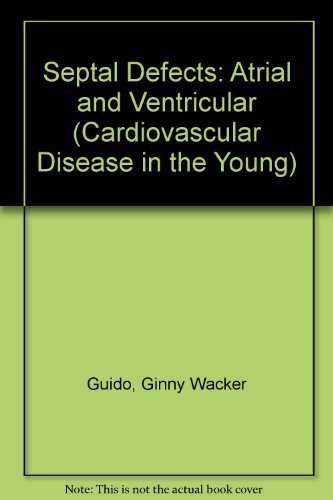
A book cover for Septal Defects: Atrial and Ventricular (Cardiovascular Disease in the Young); Ginny Wacker Guido; Medical Books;